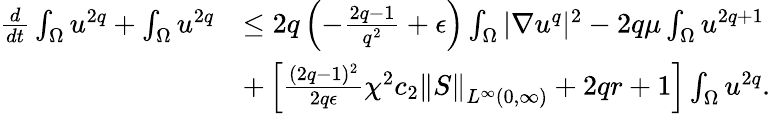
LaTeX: \begin{array}{rl}{\frac{d}{dt}\int_{\Omega}u^{2q}+\int_{\Omega}u^{2q}}&{\leq 2q\left(-\frac{2q-1}{q^{2}}+\epsilon\right)\int_{\Omega}|\nabla u^{q}|^{2}-2q\mu\int_{\Omega}u^{2q+1}}\\ &{+\left[\frac{(2q-1)^{2}}{2q\epsilon}\chi^{2}c_{2}\left\| S\right\| _{L^{\infty}(0,\infty)}+2qr+1\right]\int_{\Omega}u^{2q}.}\end{array}